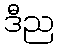
ဒီည